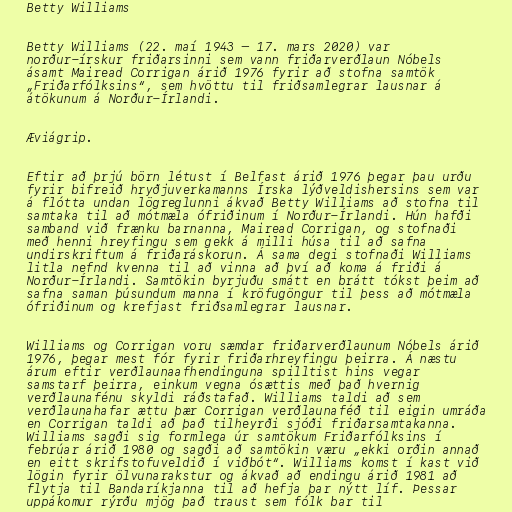
Betty Williams

Betty Williams (22. maí 1943 – 17. mars 2020) var
norður-írskur friðarsinni sem vann friðarverðlaun Nóbels
ásamt Mairead Corrigan árið 1976 fyrir að stofna samtök
„Friðarfólksins“, sem hvöttu til friðsamlegrar lausnar á
átökunum á Norður-Írlandi.

Æviágrip.

Eftir að þrjú börn létust í Belfast árið 1976 þegar þau urðu
fyrir bifreið hryðjuverkamanns Írska lýðveldishersins sem var
á flótta undan lögreglunni ákvað Betty Williams að stofna til
samtaka til að mótmæla ófriðinum í Norður-Írlandi. Hún hafði
samband við frænku barnanna, Mairead Corrigan, og stofnaði
með henni hreyfingu sem gekk á milli húsa til að safna
undirskriftum á friðaráskorun. Á sama degi stofnaði Williams
litla nefnd kvenna til að vinna að því að koma á friði á
Norður-Írlandi. Samtökin byrjuðu smátt en brátt tókst þeim að
safna saman þúsundum manna í kröfugöngur til þess að mótmæla
ófriðinum og krefjast friðsamlegrar lausnar.

Williams og Corrigan voru sæmdar friðarverðlaunum Nóbels árið
1976, þegar mest fór fyrir friðarhreyfingu þeirra. Á næstu
árum eftir verðlaunaafhendinguna spilltist hins vegar
samstarf þeirra, einkum vegna ósættis með það hvernig
verðlaunafénu skyldi ráðstafað. Williams taldi að sem
verðlaunahafar ættu þær Corrigan verðlaunaféð til eigin umráða
en Corrigan taldi að það tilheyrði sjóði friðarsamtakanna.
Williams sagði sig formlega úr samtökum Friðarfólksins í
febrúar árið 1980 og sagði að samtökin væru „ekki orðin annað
en eitt skrifstofuveldið í viðbót“. Williams komst í kast við
lögin fyrir ölvunarakstur og ákvað að endingu árið 1981 að
flytja til Bandaríkjanna til að hefja þar nýtt líf. Þessar
uppákomur rýrðu mjög það traust sem fólk bar til